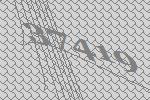
37419